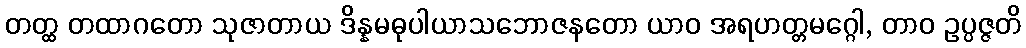
တတ္ထ တထာဂတော သုဇာတာယ ဒိန္နမဓုပါယာသဘောဇနတော ယာဝ အရဟတ္တမဂ္ဂေါ, တာဝ ဥပ္ပဇ္ဇတိ